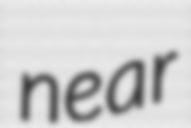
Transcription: near